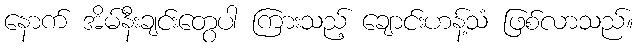
နောက် အိမ်နီးချင်းတွေပါ ကြားသည့် ချောင်းဟန့်သံ ဖြစ်လာသည်။